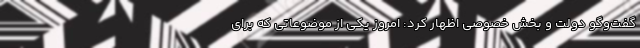
گفت‌وگو دولت و بخش خصوصی اظهار کرد: امروز یکی از موضوعاتی که برای